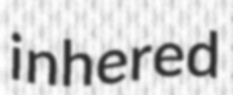
inhered